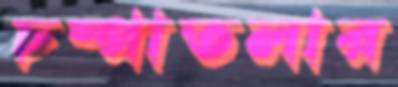
চম্পাতলার